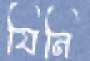
যিনি